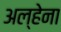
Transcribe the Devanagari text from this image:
अल्हेना